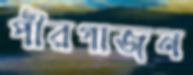
পীরগাজন